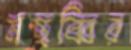
মছব্বির